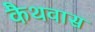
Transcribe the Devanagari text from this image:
कैथवास